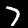
Digit: 7